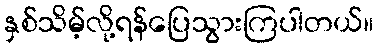
နှစ်သိမ့်လို့ရန်ပြေသွားကြပါတယ်။